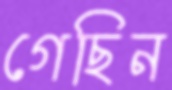
গেছিন